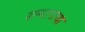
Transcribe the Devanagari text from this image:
सन्मानाचा